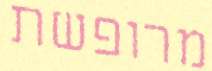
מרופשת